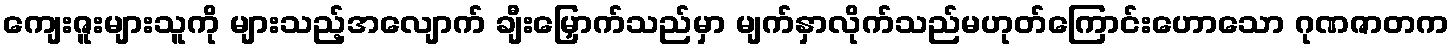
ကျေးဇူးများသူကို များသည့်အလျောက် ချီးမြှောက်သည်မှာ မျက်နှာလိုက်သည်မဟုတ်ကြောင်းဟောသော ဂုဏဇာတက